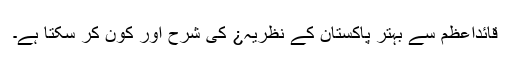
قائداعظمؒ سے بہتر پاکستان کے نظریہ¿ کی شرح اور کون کر سکتا ہے۔